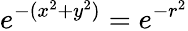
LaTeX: e^{-(x^{2}+y^{2})}=e^{-r^{2}}